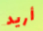
أريد